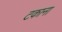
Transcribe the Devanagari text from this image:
टकाना